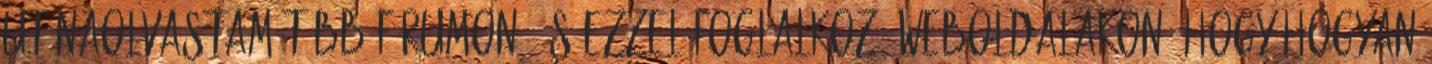
Utánaolvastam több fórumon, és ezzel foglalkozó weboldalakon, hogy hogyan